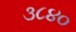
૩૮૪૦